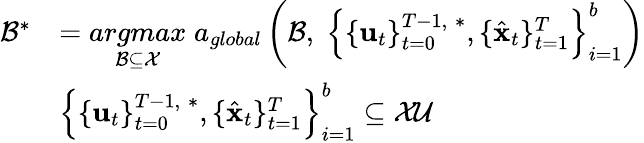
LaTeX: \begin{array}{rl}{\mathcal{B}^{*}}&{=\underset{\mathcal{B\subseteq\mathcal{X}}}{argmax}\; a_{global}\left(\mathcal{B},\; \left\{ \{ \mathbf{u}_{t}\} _{t=0}^{T-1,\; *},\{ \hat{\mathbf{x}}_{t}\} _{t=1}^{T}\right\} _{i=1}^{b}\right)}\\ &{\left\{ \{ \mathbf{u}_{t}\} _{t=0}^{T-1,\; *},\{ \hat{\mathbf{x}}_{t}\} _{t=1}^{T}\right\} _{i=1}^{b}\subseteq\mathcal{XU}}\end{array}